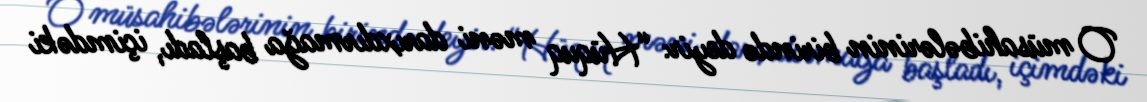
O müsahibələrinin birində deyir: “Hüquq məni darıxdırmağa başladı, içimdəki